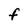
Character: f